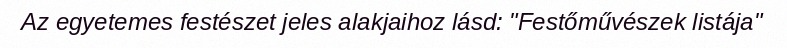
Az egyetemes festészet jeles alakjaihoz lásd: "Festőművészek listája"